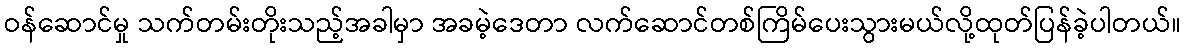
ဝန်ဆောင်မှု သက်တမ်းတိုးသည့်အခါမှာ အခမဲ့ဒေတာ လက်ဆောင်တစ်ကြိမ်ပေးသွားမယ်လို့ထုတ်ပြန်ခဲ့ပါတယ်။